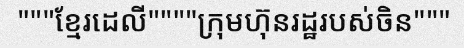
"""ខ្មែរដេលី""""ក្រុមហ៊ុនរដ្ឋរបស់ចិន"""